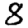
Digit: 8